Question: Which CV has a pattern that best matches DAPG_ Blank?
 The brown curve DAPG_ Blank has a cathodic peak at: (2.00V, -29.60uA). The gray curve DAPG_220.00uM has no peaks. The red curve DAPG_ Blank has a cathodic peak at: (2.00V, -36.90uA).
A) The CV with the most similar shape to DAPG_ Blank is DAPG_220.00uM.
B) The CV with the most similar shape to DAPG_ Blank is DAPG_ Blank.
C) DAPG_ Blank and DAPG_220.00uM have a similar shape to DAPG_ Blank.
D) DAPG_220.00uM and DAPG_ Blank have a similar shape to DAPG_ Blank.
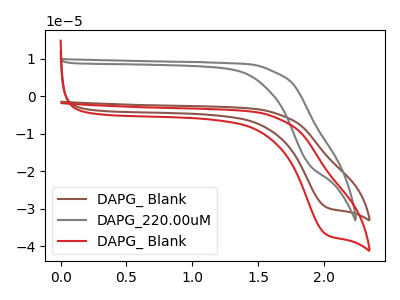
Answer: <think>"DAPG_ Blank" and "DAPG_220.00uM" have a different number of peaks. All the peaks in "DAPG_ Blank" have a peak in "DAPG_ Blank" at the same potential. Every peak in "DAPG_ Blank" is lower than every peak in "DAPG_ Blank". "DAPG_220.00uM" and "DAPG_ Blank" have a different number of peaks.
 </think>
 <answer>B) The CV with the most similar shape to "DAPG_ Blank" is "DAPG_ Blank".</answer>
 <eval>B</eval>